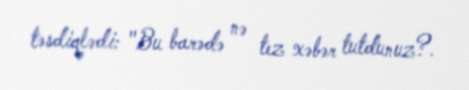
təsdiqlədi: "Bu barədə nə tez xəbər tutdunuz?.